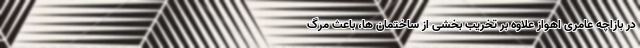
در بازاچه عامری اهواز علاوه بر تخریب بخشی از ساختمان ها، باعث مرگ